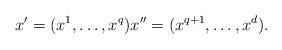
LaTeX: \begin{align*}x'=(x^1,\ldots,x^q)x''=(x^{q+1},\ldots,x^d).\end{align*}